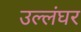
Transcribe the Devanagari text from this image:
उल्लंघर